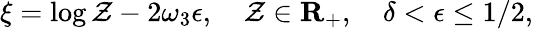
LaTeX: \xi=\log\mathcal{Z}-2\omega_{3}\epsilon,\quad\mathcal{Z}\in{\mathbf{R}}_{+},\quad\delta<\epsilon\leq1/2,